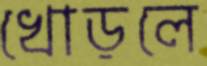
খোড়লে